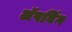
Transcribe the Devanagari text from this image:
लॅपविंग